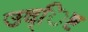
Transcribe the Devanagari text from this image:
उद्िष्ट